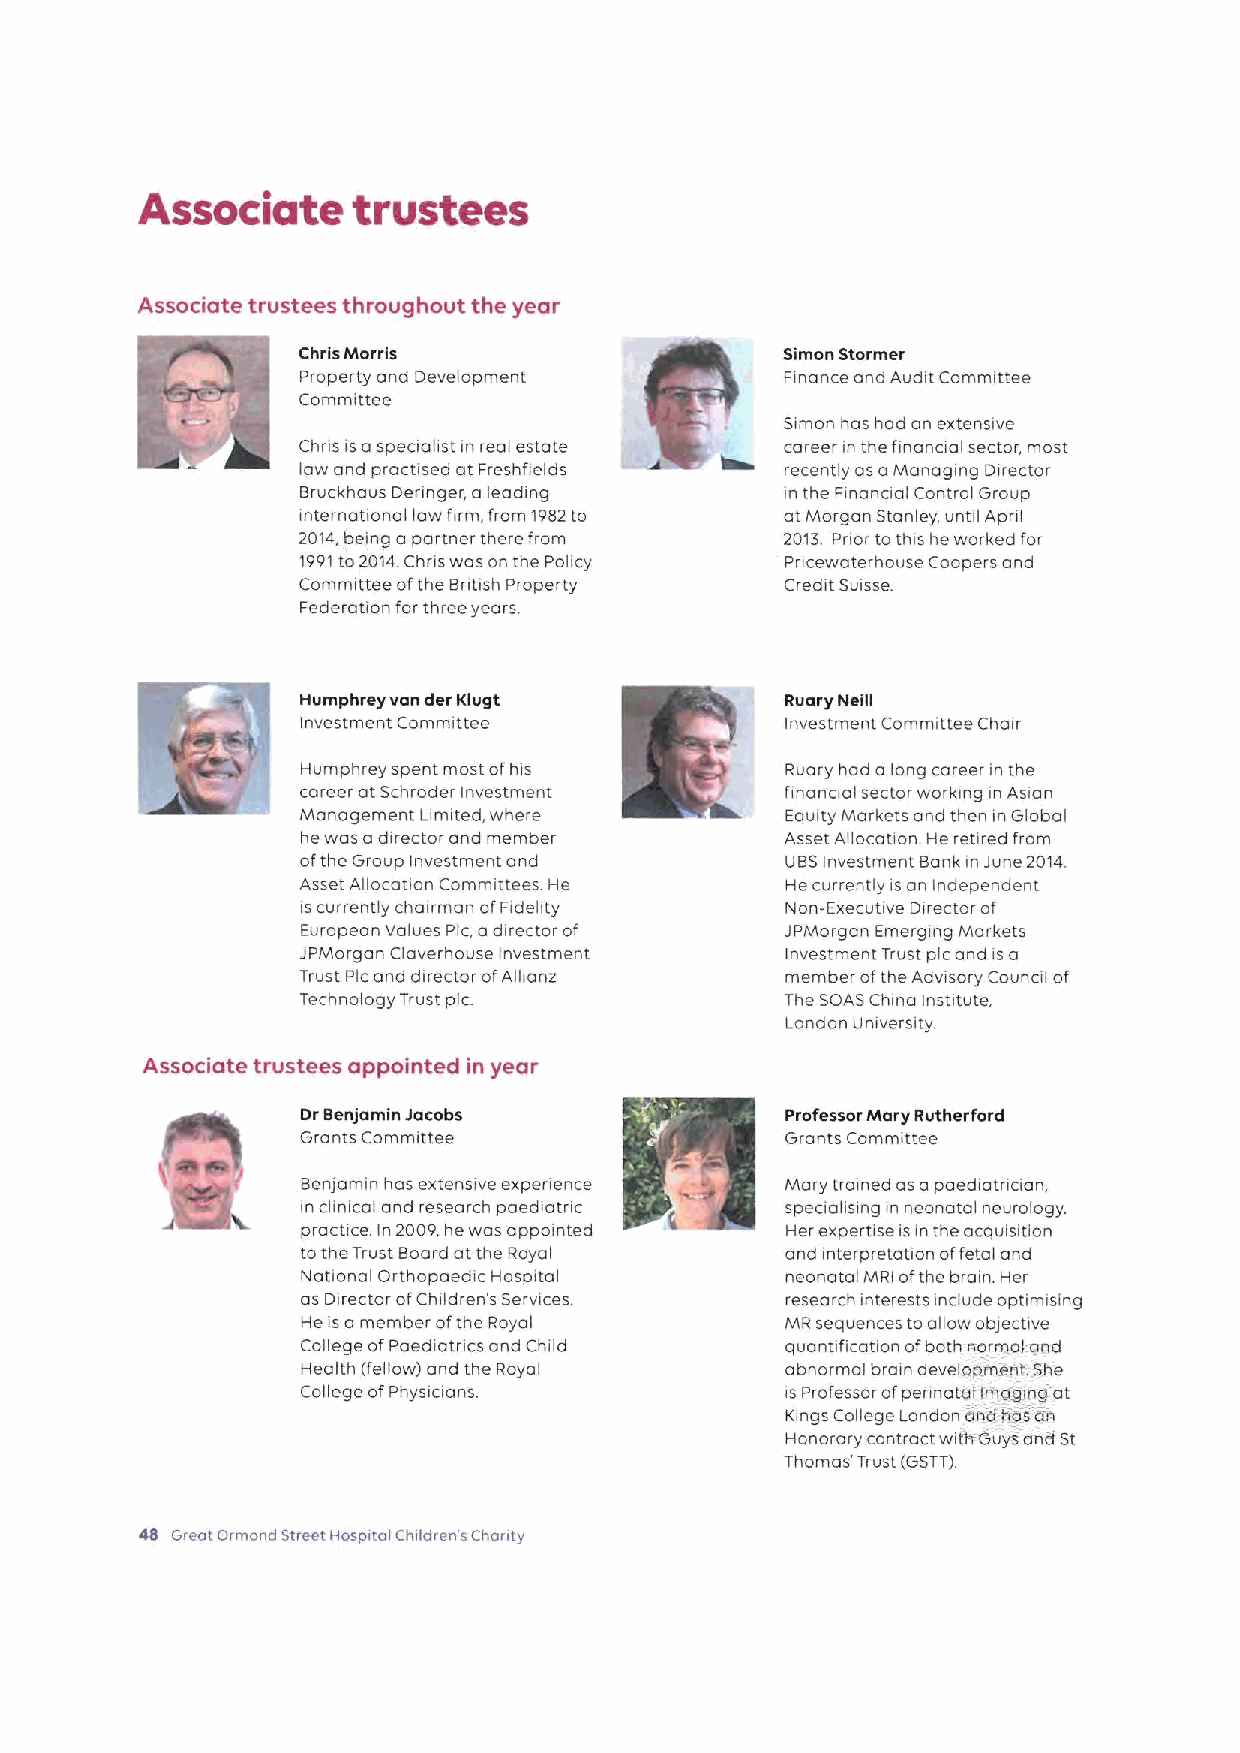
Associate     trustees
 Associate trustees throughout the year
 Chris Morris                    Simon Stormer
 Property and Development        Finance and Audit Committee
 Committee
 Simon has had an extenswe
 Chns is aspeciakst in real estate career in the fina noal sector, most
 law and practised at Freshfields recently as aManaging Director
 Bruckhaus Deringer, a leading   in the Finanaal Control Group
 intern ati ona I law firm, from 1982to at Morgan Stanley, until April
 2014,being a partner there from 201k Pnor tothis he worked for
 1991to2014.Chris was on the Policy Pricewaterhouse Coopers and
 Committee ofthe Bntish Property Credit Suisse.
 Federation for three years.
 Humphrey van der Klugt          Ruary Neill
 Investment Committee            Investment Committee Chair
 Humphrey spent most ofhis       Ruary had a long career in the
 career at Schroder Investment   financial sector working in Asian
 Management Limited, where       Equity Markets and then in Global
 he was adirector and member     Asset Allocation. He retired from
 ofthe Group Investment and      UBSInvestment Bank in June 2014
 Asset Allocatian Committees. He I-lecurrently is an Independent
 iscurrently chairman ofFidelity Non-Executive Director of
 European Values Pic,adirector of JPMorgan Emerging Markets
 JPMorgan Claverhouse investment Investment Trust picand is a
 Trust Pic and director ofAllianz member ofthe Adwsory Council of
 Technology Trust pic            The SOAS China Institute,
 London University.
 Associate trustees appointed in year
 Dr Benjamin Jacobs              Professor Mary Rutherford
 Grants Committee                Grants Committee
 Benlamin has extensive expenence Mary trained as a paediatnaan,
 in clinical and research paediatnc speciaksing in neonatal neurology.
 practice In 2009,he was appointed Her expertise isin the acquisition
 tothe Trust Board at the Royal  and interpretation offetal and
 National Orthopaedic Hospital   neonatal MRI ofthe brain. Her
 as Director ofChildren's Services. research interests include optimising
 He isa member ofthe Royal       MR sequences to allow objective
 College ofPaediatncs and Child  quantification ofboth rrorrnal gnd
 Health (fellow) and the Royal   abnormal brain develapmenL She
 College ofPhysicians.           is Professor ofperinatal Imaging at
 Kings College London anti has an
 Honorary contract witfrouys anti St
 1homas'Trust (GSTT)
 48 Great armand Street Hospital Children's Chonty